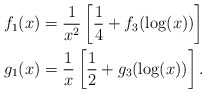
\begin{align*}f_1(x) &= \frac{1}{x^2}\left[\frac14 + f_3(\log(x))\right]\\g_1(x) &= \frac{1}{x}\left[\frac12 + g_3(\log(x))\right].\end{align*}